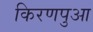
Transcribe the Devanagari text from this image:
किरणपुआ